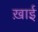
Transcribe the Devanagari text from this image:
ख़ाई